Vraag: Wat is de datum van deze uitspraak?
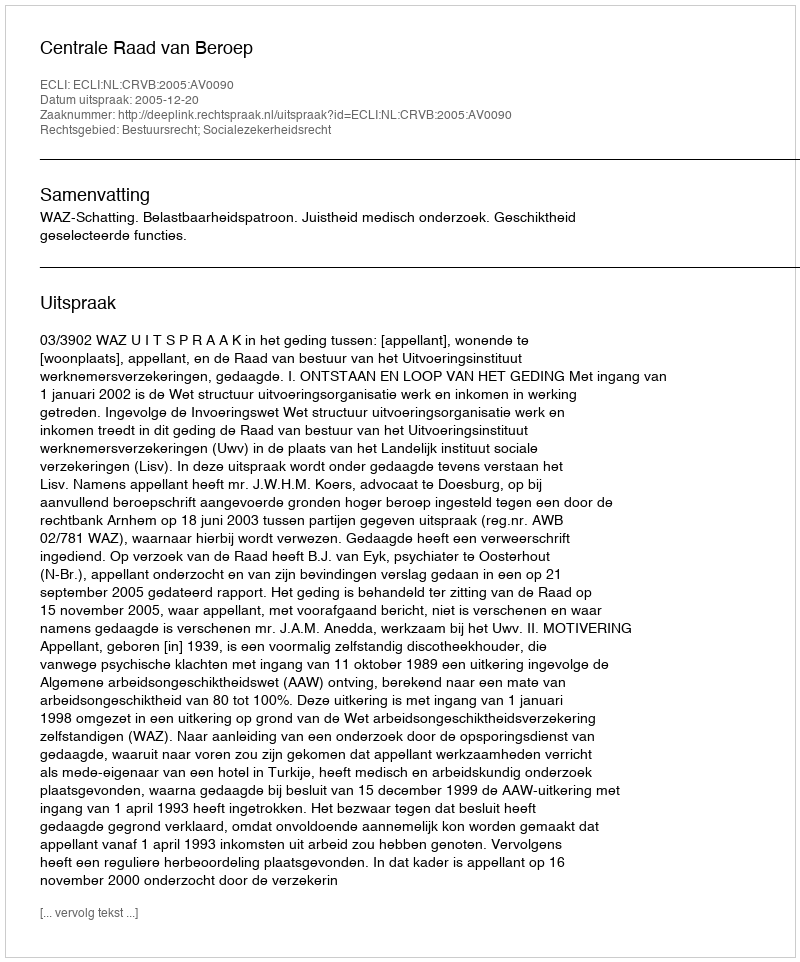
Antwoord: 2005-12-20